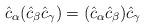
LaTeX: \begin{align*}\hat{c}_{\alpha}(\hat{c}_{\beta}\hat{c}_{\gamma}) = (\hat{c}_{\alpha}\hat{c}_{\beta})\hat{c}_{\gamma}\end{align*}